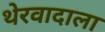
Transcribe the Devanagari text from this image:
थेरवादाला